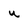
Character: U